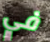
في